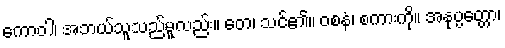
ကောဝါ၊ အဘယ်သူသည်မူလည်း။ တေ၊ သင်၏။ ဝစနံ၊ စကားကို။ အနုပ္ပတ္တော၊